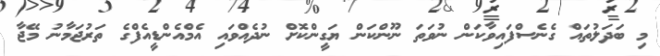
މި ބަދަލުތައް ގެނެސްފައިވާކަން ނުވަތަ ނޫންކަން ޔަގީންކޮށް ނުދެއްވައި އެމްއެންޑީއެފްގެ ތަރުޖަމާނު މޭޖާ